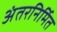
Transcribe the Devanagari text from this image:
अंतरनिर्मित